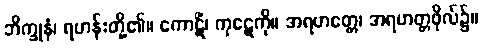
ဘိက္ခုနံ၊ ရဟန်းတို့၏။ ကောဋိံ၊ ကုဋေကို။ အရဟတ္တေ၊ အရဟတ္တဖိုလ်၌။